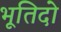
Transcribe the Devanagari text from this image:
भूतिदो